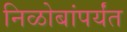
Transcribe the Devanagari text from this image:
निळोबांपर्यंत